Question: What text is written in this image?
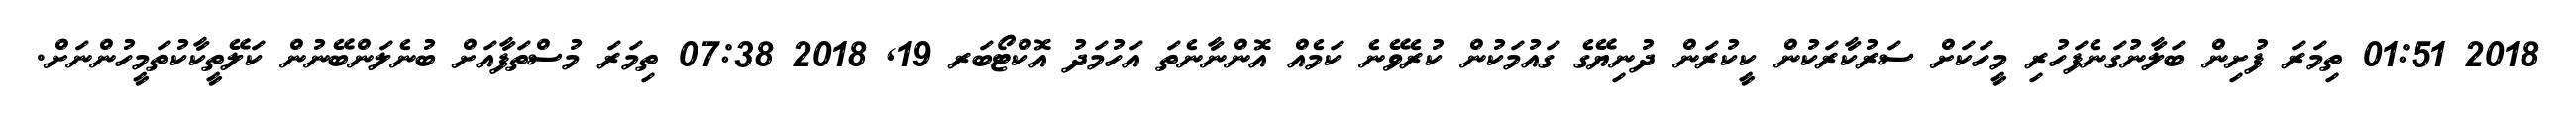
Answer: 2018 01:51 ތިމަރަ ފުށިން ބަލާނުގަނެފަހުރި މީހަކަށް ސަރުކާރަކުން ކީކުރަން ދުނިޔޭގެ ގައުމަކުން ކުރެވޭނެ ކަމެއް އޮންނާނެތަ އަހުމަދު އޮކްޓޯބަރ 19, 2018 07:38 ތިމަރަ މުސްތަފާއަށް ބުނެލަންބޭނުން ކަލޭތީކާކުތަމީހުންނަށް.